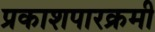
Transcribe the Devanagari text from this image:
प्रकाशपारक्रमी